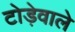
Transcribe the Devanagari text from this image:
टोड़ेवाले